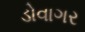
ડોવાગર